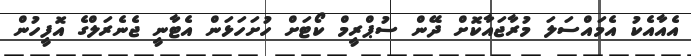
އެއާއެކު އެމައްސަލަ މުރާޖައާކޮށް ދޭން ސުޕްރީމް ކޯޓަށް ހުށަހަޅަން އެޓާނީ ޖެނެރަލްގެ އޮފީހުން